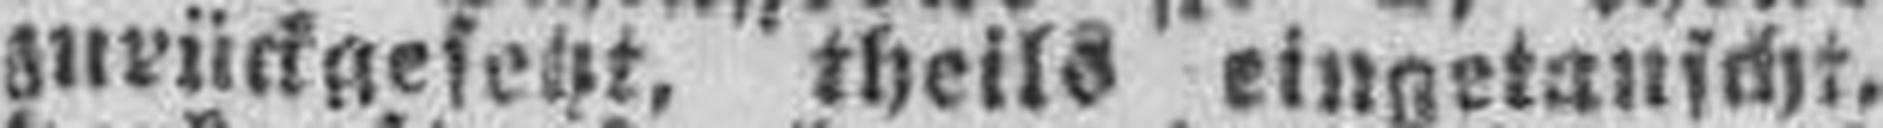
zurückgesetzt, theils eingetauscht,